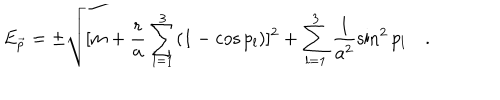
LaTeX: E _ { \vec { p } } = \pm \sqrt { [ m + \frac { r } { a } \sum _ { l = 1 } ^ { 3 } ( 1 - \cos p _ { l } ) ] ^ { 2 } + \sum _ { l = 1 } ^ { 3 } \frac { 1 } { a ^ { 2 } } \sin ^ { 2 } p _ { l } } \quad .